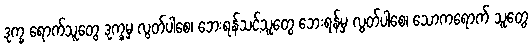
ဒုက္ခ ရောက်သူတွေ ဒုက္ခမှ လွတ်ပါစေ၊ ဘေးရန်သင့်သူတွေ ဘေးရန်မှ လွတ်ပါစေ၊ သောကရောက် သူတွေ